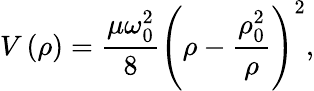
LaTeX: V\left(\rho\right)=\frac{\mu\omega_{0}^{2}}{8}\left({\rho}-\frac{\rho_{0}^{2}}{\rho}\right)^{2},